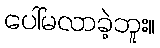
ပေါ်မလာခဲ့ဘူး။